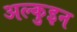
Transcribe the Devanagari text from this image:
अल्कुइन